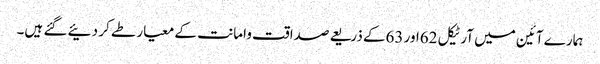
ہمارے آئین میں آرٹیکل 62اور 63کے ذریعے صداقت وامانت کے معیار طے کر دئیے گئے ہیں۔